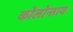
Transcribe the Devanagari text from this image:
कोलोन्ताय